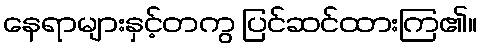
နေရာများနှင့်တကွ ပြင်ဆင်ထားကြ၏။